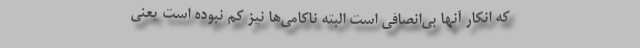
که انکار آنها بی‌انصافی است البته ناکامی‌ها نیز کم نبوده است یعنی